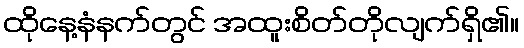
ထိုနေ့နံနက်တွင် အထူးစိတ်တိုလျက်ရှိ၏။